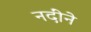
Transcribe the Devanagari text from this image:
नदींने